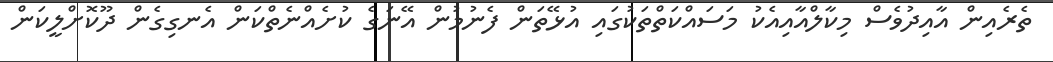
ތެރެއިން އާއިދުވެސް މިކާލްއާއިއެކު މަސައްކަތްތަކުގައި އުޅޭތަން ފެނުމުން އޭނަގެ ކުށެއްނެތްކަން އެނގިގެން ދޫކޮށްލީކަން